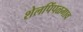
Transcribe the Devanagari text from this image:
शेलपिंपळगाव